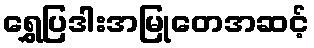
ရွှေပြဒါးအမြုတေအဆင့်